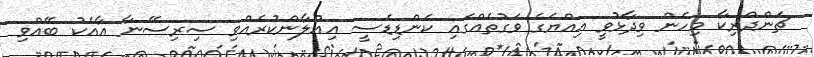
ޗަންދްރިކާ މިހެން ވިދާޅުވީ އިއްޔެގެ ވަގުތެއްގައި ކެންޑިޑެސީ އިއުލާންކުރެއްވި ސިރިސޭނާ އާއެކު ބޭއްވި